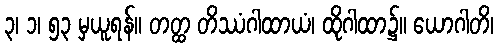
၃၊ ၁၊ ၅၃ မှယူရန်။ တတ္ထ တိဿံဂါထာယံ၊ ထိုဂါထာ၌။ ယောဂါတိ၊